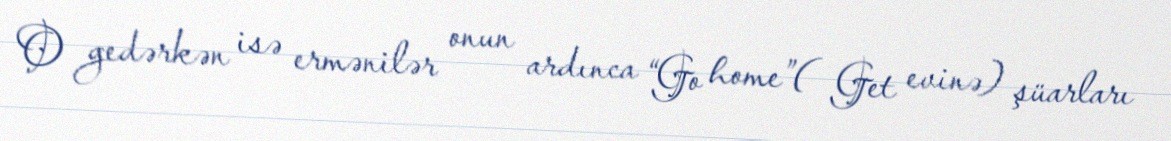
O gedərkən isə ermənilər onun ardınca “Go home”( Get evinə) şüarları